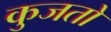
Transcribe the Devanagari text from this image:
कुजतो